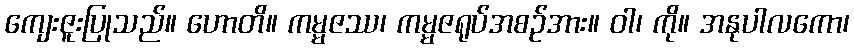
ကျေးဇူးပြုသည်။ ဟောတိ။ ကမ္မဇဿ၊ ကမ္မဇရုပ်အစဉ်အား။ ဝါ၊ ကို။ အနုပါလကော၊